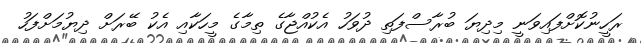
ރަހީނުކޮށްފައިވަނީ މިދިޔަ ބުރާސްފަތި ދުވަހު އެކުއްޖާގެ ތިމާގެ މީހަކާއި އެކު ބޭރަށް ދިޔުމަށްފަހު